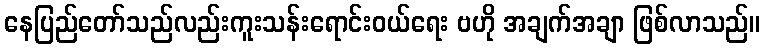
နေပြည်တော်သည်လည်းကူးသန်းရောင်းဝယ်ရေး ဗဟို အချက်အချာ ဖြစ်လာသည်။